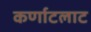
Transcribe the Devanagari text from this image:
कर्णाटलाट